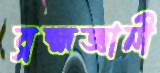
ব্রহ্মজ্ঞানী